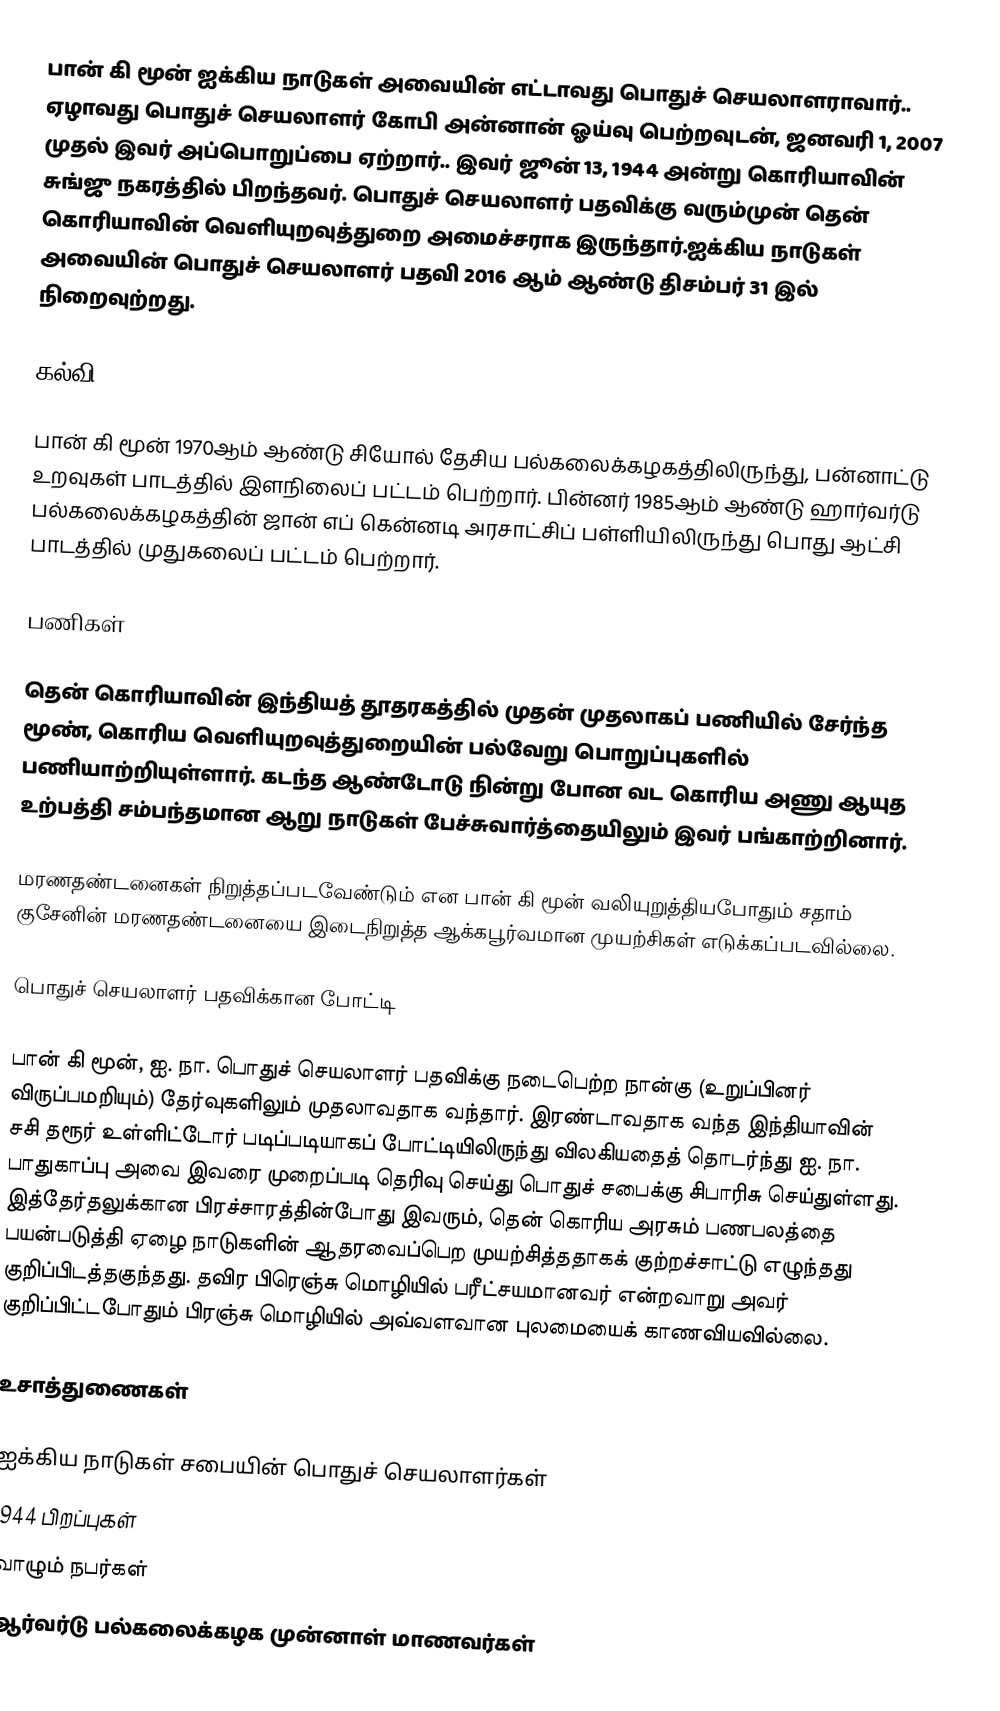
பான் கி மூன் ஐக்கிய நாடுகள் அவையின் எட்டாவது பொதுச் செயலாளராவார்.. ஏழாவது பொதுச் செயலாளர் கோபி அன்னான் ஓய்வு பெற்றவுடன், ஜனவரி 1, 2007 முதல் இவர் அப்பொறுப்பை ஏற்றார்.. இவர் ஜூன் 13, 1944 அன்று கொரியாவின் சுங்ஜு நகரத்தில் பிறந்தவர். பொதுச் செயலாளர் பதவிக்கு வரும்முன் தென் கொரியாவின் வெளியுறவுத்துறை அமைச்சராக இருந்தார்.ஐக்கிய நாடுகள் அவையின் பொதுச் செயலாளர் பதவி 2016 ஆம் ஆண்டு திசம்பர் 31 இல் நிறைவுற்றது.

கல்வி

பான் கி மூன் 1970ஆம் ஆண்டு சியோல் தேசிய பல்கலைக்கழகத்திலிருந்து, பன்னாட்டு உறவுகள் பாடத்தில் இளநிலைப் பட்டம் பெற்றார். பின்னர் 1985ஆம் ஆண்டு ஹார்வர்டு பல்கலைக்கழகத்தின் ஜான் எப் கென்னடி அரசாட்சிப் பள்ளியிலிருந்து பொது ஆட்சி பாடத்தில் முதுகலைப் பட்டம் பெற்றார்.

பணிகள்

தென் கொரியாவின் இந்தியத் தூதரகத்தில் முதன் முதலாகப் பணியில் சேர்ந்த மூண், கொரிய வெளியுறவுத்துறையின் பல்வேறு பொறுப்புகளில் பணியாற்றியுள்ளார். கடந்த ஆண்டோடு நின்று போன வட கொரிய அணு ஆயுத உற்பத்தி சம்பந்தமான ஆறு நாடுகள் பேச்சுவார்த்தையிலும் இவர் பங்காற்றினார்.

மரணதண்டனைகள் நிறுத்தப்படவேண்டும் என பான் கி மூன் வலியுறுத்தியபோதும்   சதாம் குசேனின் மரணதண்டனையை இடைநிறுத்த ஆக்கபூர்வமான முயற்சிகள் எடுக்கப்படவில்லை.

பொதுச் செயலாளர் பதவிக்கான போட்டி

பான் கி மூன், ஐ. நா. பொதுச் செயலாளர் பதவிக்கு நடைபெற்ற நான்கு (உறுப்பினர் விருப்பமறியும்) தேர்வுகளிலும் முதலாவதாக வந்தார். இரண்டாவதாக வந்த இந்தியாவின் சசி தரூர் உள்ளிட்டோர் படிப்படியாகப் போட்டியிலிருந்து விலகியதைத் தொடர்ந்து ஐ. நா. பாதுகாப்பு அவை இவரை முறைப்படி தெரிவு செய்து பொதுச் சபைக்கு சிபாரிசு செய்துள்ளது. இத்தேர்தலுக்கான பிரச்சாரத்தின்போது இவரும், தென் கொரிய அரசும் பணபலத்தை பயன்படுத்தி ஏழை நாடுகளின் ஆதரவைப்பெற முயற்சித்ததாகக் குற்றச்சாட்டு எழுந்தது குறிப்பிடத்தகுந்தது. தவிர பிரெஞ்சு மொழியில் பரீட்சயமானவர் என்றவாறு அவர் குறிப்பிட்டபோதும் பிரஞ்சு மொழியில் அவ்வளவான புலமையைக் காணவியவில்லை.

உசாத்துணைகள்

ஐக்கிய நாடுகள் சபையின் பொதுச் செயலாளர்கள்
1944 பிறப்புகள்
வாழும் நபர்கள்
ஆர்வர்டு பல்கலைக்கழக முன்னாள் மாணவர்கள்